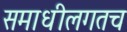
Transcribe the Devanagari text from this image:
समाधीलगतच